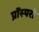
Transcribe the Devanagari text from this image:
प्रॉस्परो